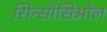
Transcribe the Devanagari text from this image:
सिन्सोसिओल